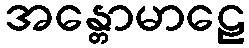
အန္တောမာဠေ